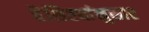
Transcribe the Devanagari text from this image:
वैशिष्ट्यांनुसार